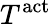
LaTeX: T^{\mathrm{act}}